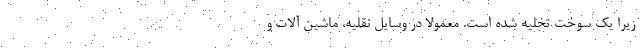
زیرا یک سوخت تخلیه شده است. معمولاً در وسایل نقلیه، ماشین آلات و